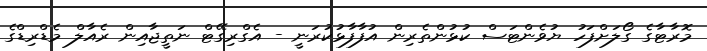
މޮރާޓާގެ ގޯލަށްފަހު ޔުވެންޓަސް ކުޅުންތެރިން އުފާފާޅުކުރަނީ - އެގްރިގޭޓް ނަތީޖާއިން ރެއާލް މެޑްރިޑްގެ